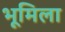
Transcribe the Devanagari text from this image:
भूमिला